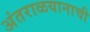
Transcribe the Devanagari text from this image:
अंतराळयानाची